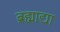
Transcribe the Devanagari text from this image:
ब्रह्माद्या